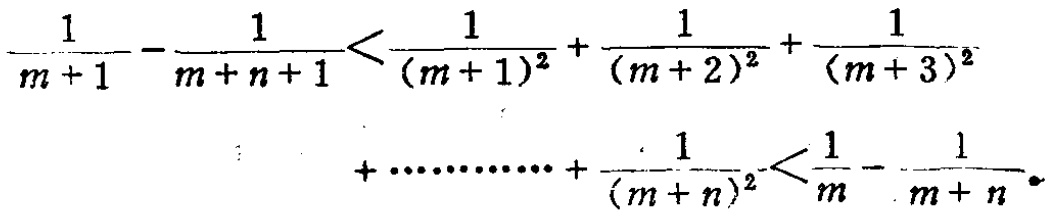
\(\frac{1}{m + 1}-\frac{1}{m + n+1}<\frac{1}{(m + 1)^2}+\frac{1}{(m + 2)^2}+\frac{1}{(m + 3)^2}\\+\cdots\cdots\cdots\cdots+\frac{1}{(m + n)^2}<\frac{1}{m}-\frac{1}{m + n}\)